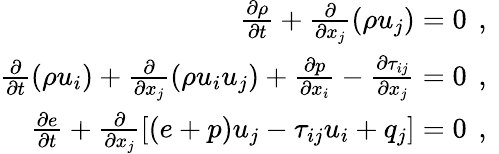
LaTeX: \begin{array}{r}{\frac{\partial\rho}{\partial t}+\frac{\partial}{\partial x_{j}}\left(\rho u_{j}\right)=0\, \mathrm{~,~}}\\ {\frac{\partial}{\partial t}\left(\rho u_{i}\right)+\frac{\partial}{\partial x_{j}}\left(\rho u_{i}u_{j}\right)+\frac{\partial p}{\partial x_{i}}-\frac{\partial\tau_{ij}}{\partial x_{j}}=0\, \mathrm{~,~}}\\ {\frac{\partial e}{\partial t}+\frac{\partial}{\partial x_{j}}\left[\left(e+p\right)u_{j}-\tau_{ij}u_{i}+q_{j}\right]=0\, \mathrm{~,~}}\end{array}